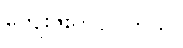
ကျေးဇူးတင်ပါတယ်။